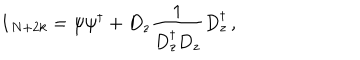
LaTeX: \textbf { 1 } _ { N + 2 k } = \psi \psi ^ { \dagger } + D _ { z } \frac { 1 } { D _ { z } ^ { \dagger } D _ { z } } D _ { z } ^ { \dagger } \, ,